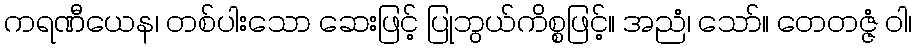
ကရဏီယေန၊ တစ်ပါးသော ဆေးဖြင့် ပြုဘွယ်ကိစ္စဖြင့်။ အညံ၊ သော်။ တေတဇ္ဇံ ဝါ၊